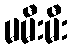
မမီးမီး